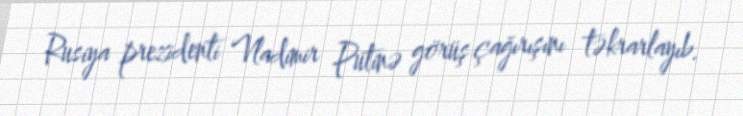
Rusiya prezidenti Vladimir Putinə görüş çağırışını təkrarlayıb.